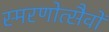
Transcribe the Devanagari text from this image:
स्मरणोत्सैवों